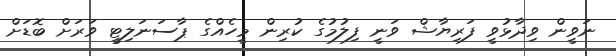
ނަވީން ވިދާޅުވީ ފަރިޔާޝް ވަނީ ފިލުމުގެ ކުރިން މީހެއްގެ ޕާސަނަލިޓީ ވަރަށް ބޮޑަށް